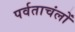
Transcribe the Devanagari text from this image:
पर्वताचंलों